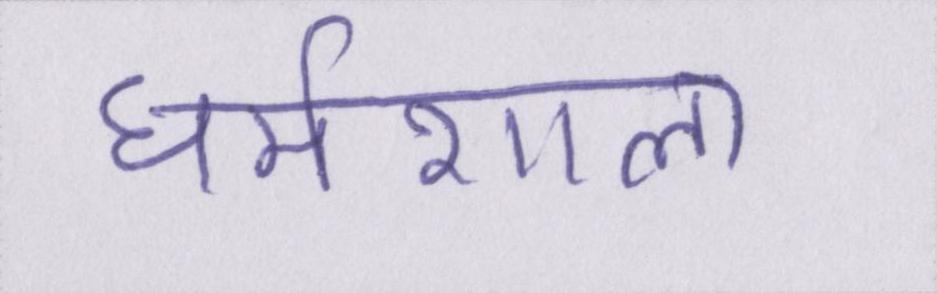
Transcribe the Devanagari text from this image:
धर्मशाला